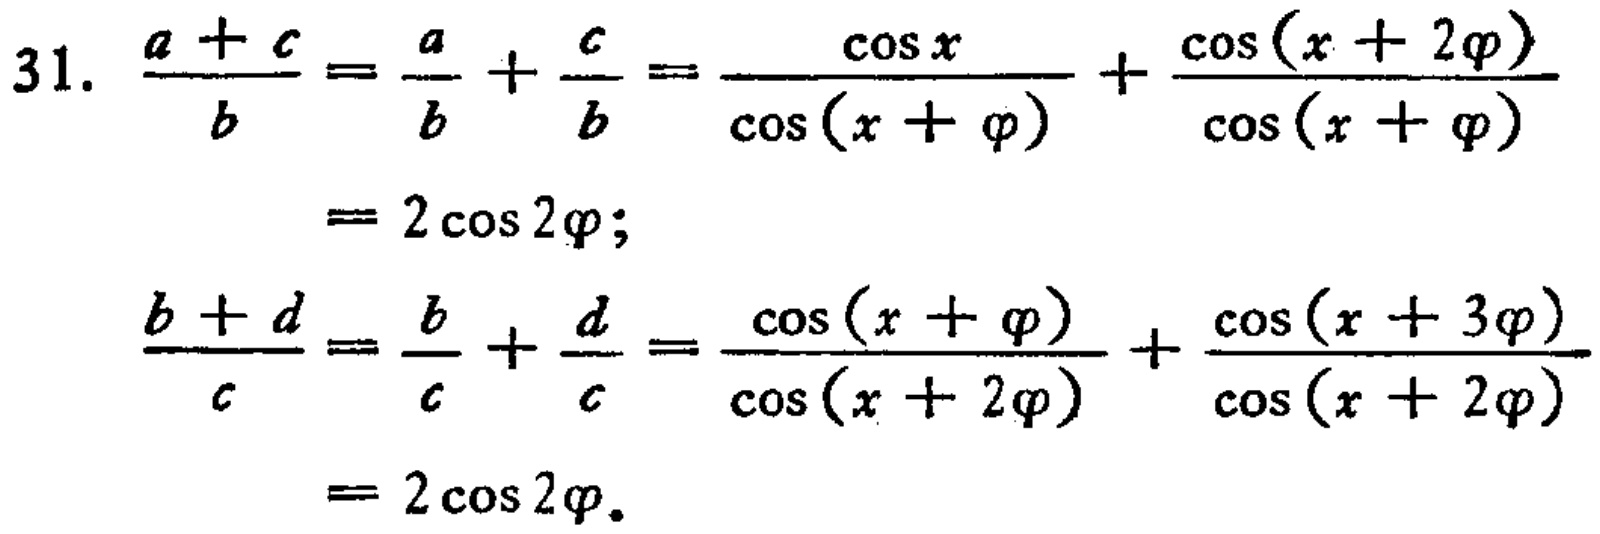
\[

\begin{align*}

\frac{a + c}{b}&=\frac{a}{b}+\frac{c}{b}=\frac{\cos x}{\cos(x + \varphi)}+\frac{\cos(x + 2\varphi)}{\cos(x + \varphi)}\\

&= 2\cos 2\varphi;\\

\frac{b + d}{c}&=\frac{b}{c}+\frac{d}{c}=\frac{\cos(x + \varphi)}{\cos(x + 2\varphi)}+\frac{\cos(x + 3\varphi)}{\cos(x + 2\varphi)}\\

&= 2\cos 2\varphi.

\end{align*}

\]